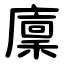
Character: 廩